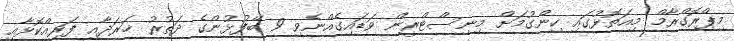
މިޕްރޮގްރާމް މިއަތޮޅުގައި ހިންގުމަށް މިނިސްޓްރީން ވަޑައިގެއްނެވި 9 ބޭފުޅުންގެ ދަތުރު ޚަރަދާއި ފަރިއްކޮޅާއި